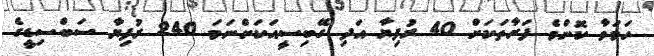
ހަމަވާ ކޮންމެ ފަރާތަކަށް 40 ރުފިޔާ އަދި ގޭބިސީއަކަށްނަމަ 240 ރުފިޔާ ސަބްސިޑީގެ